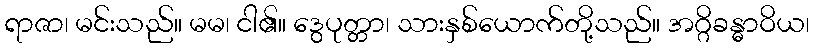
ရာဇာ၊ မင်းသည်။ မမ၊ ငါ၏။ ဒွေပုတ္တာ၊ သားနှစ်ယောက်တို့သည်။ အဂ္ဂိခန္ဓာဝိယ၊